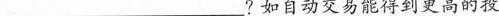
___?如自动交易能得到更高的投